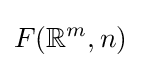
F(\mathbb {R} ^{m},n)